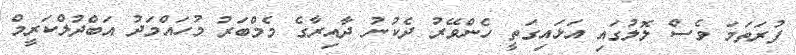
ފުރަތަމަ ވެސް ލޮލުގައި އަޅައިގަތީ ހެންވޭރު ދެކުނު ދާއިރާގެ މެމްބަރު މުހައްމަދު އަބްދުލްކަރީމް